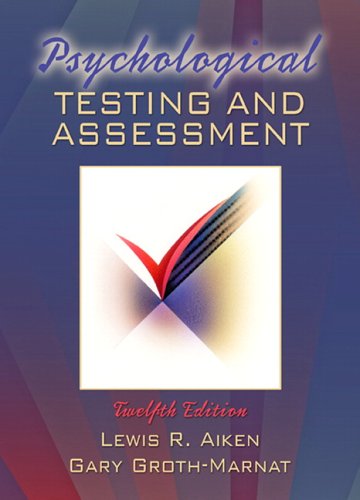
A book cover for Psychological Testing and Assessment (12th Edition); Lewis R. Aiken (Late); Health, Fitness & Dieting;